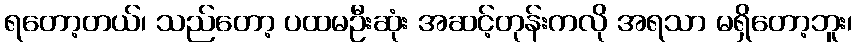
ရတော့တယ်၊ သည်တော့ ပထမဦးဆုံး အဆင့်တုန်းကလို အရသာ မရှိတော့ဘူး၊